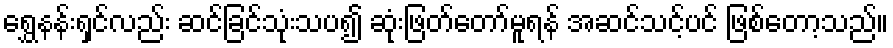
ရွှေနန်းရှင်လည်း ဆင်ခြင်သုံးသပ၍ ဆုံးဖြတ်တော်မူရန် အဆင်သင့်ပင် ဖြစ်တော့သည်။